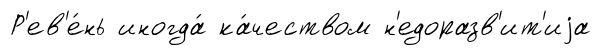
Р'ев'е́нь иногда́ ка́чеством н'едоразв'ит'иjа